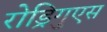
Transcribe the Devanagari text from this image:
रोड्रिगुएस